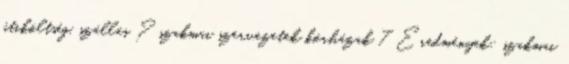
útiköltség, szállás ? szakmai szervezetek kórházak 7 Eredmények: szakmai